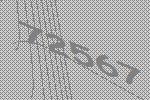
72567